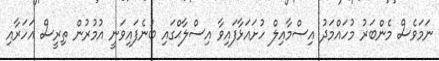
ނަމަވެސް މެންބަރު މުހައްމަދު އިސްމާއިލް ހުށައަޅާފައިވާ އިސްލާޙްގައި ބުނެފައިވަނީ އުމުރުން ތިރީސް އަހަރާއި